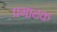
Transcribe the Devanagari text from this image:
प्रगाढक